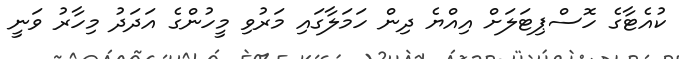
ކުއެޓާގެ ހޮސްޕިޓަލަށް އިއްޔެ ދިން ހަމަލާގައި މަރުވި މީހުންގެ އަދަދު މިހާރު ވަނީ